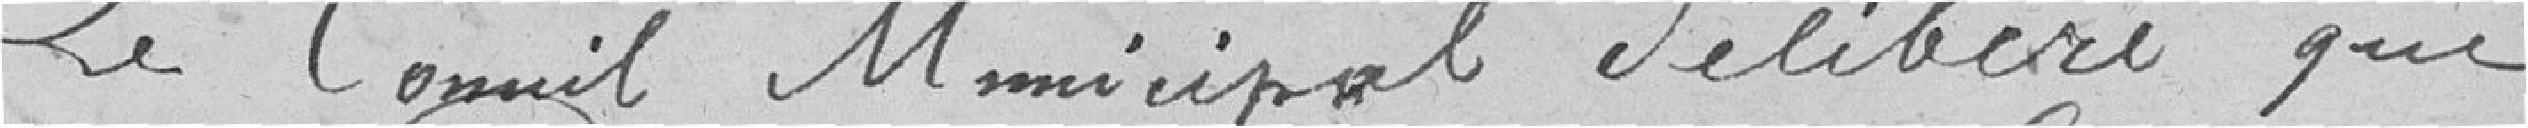
Le Conseil Municipal délibère que